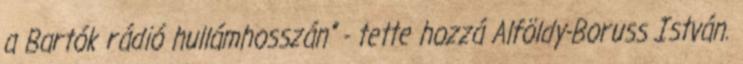
a Bartók rádió hullámhosszán" - tette hozzá Alföldy-Boruss István.